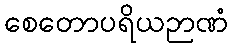
စေတောပရိယဉာဏံ